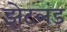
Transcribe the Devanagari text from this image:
झेटलंड